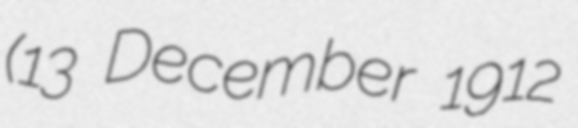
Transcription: (13 December 1912